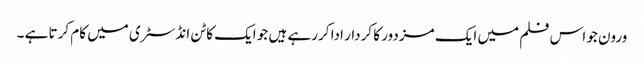
ورون جو اس فلم میں ایک مزدور کا کردار ادا کررہے ہیں جو ایک کاٹن انڈسٹری میں کام کرتا ہے ۔